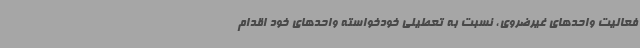
فعالیت واحدهای غیرضروی، نسبت به تعطیلی خودخواسته واحدهای خود اقدام